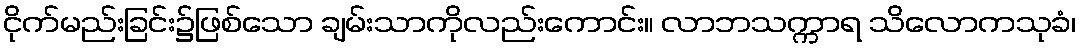
ငိုက်မည်းခြင်း၌ဖြစ်သော ချမ်းသာကိုလည်းကောင်း။ လာဘသက္ကာရ သိလောကသုခံ၊